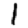
Digit: 1